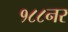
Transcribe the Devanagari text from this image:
१८८नर